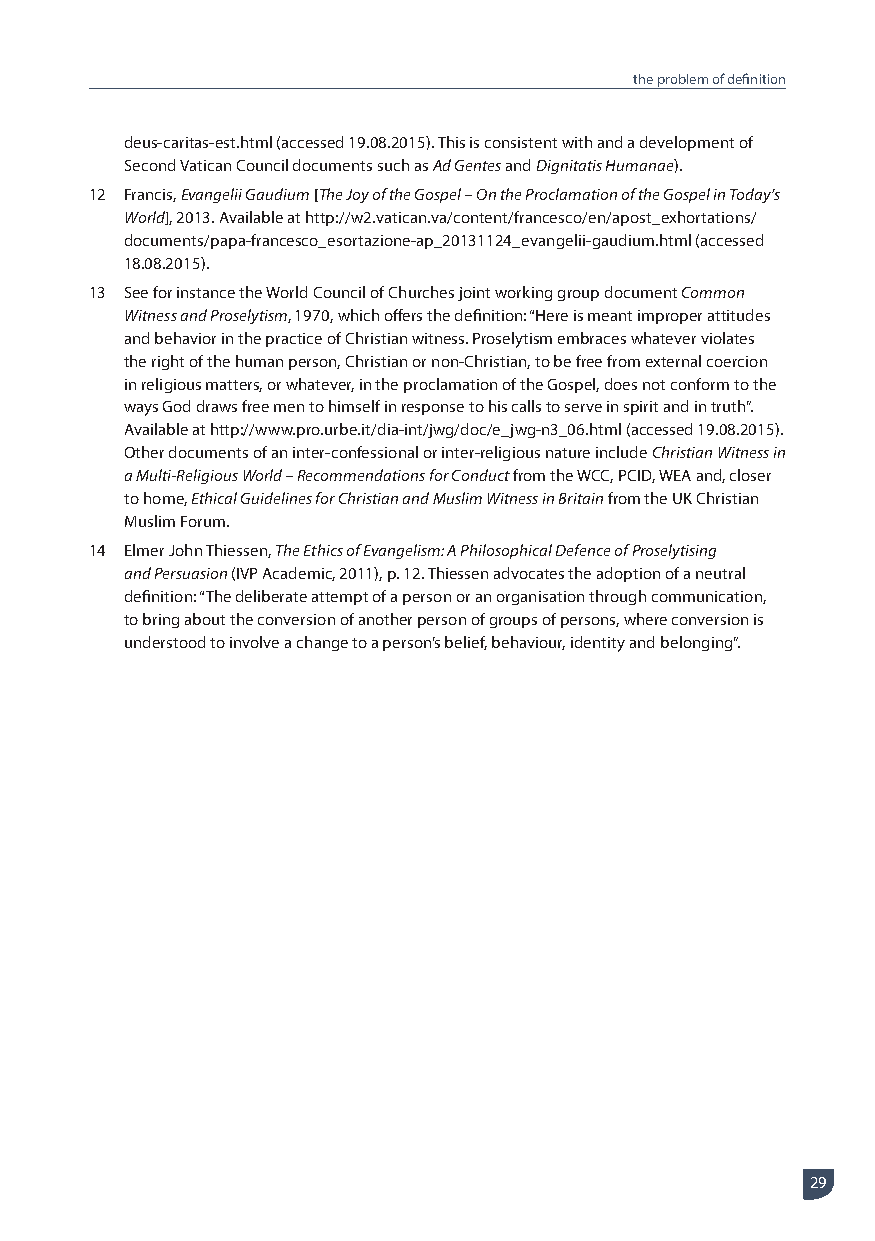
the problem of definition
 deus-caritas-est.html (accessed 19.08.2015). This is consistent with and a development of
 Second Vatican Council documents such as Ad Gentes and Dignitatis Humanae).
 12 Francis, Evangelii Gaudium [The Joy of the Gospel – On the Proclamation of the Gospel in Today’s
 World], 2013. Available at http://w2.vatican.va/content/francesco/en/apost_exhortations/
 documents/papa-francesco_esortazione-ap_20131124_evangelii-gaudium.html (accessed
 18.08.2015).
 13 See for instance the World Council of Churches joint working group document Common
 Witness and Proselytism, 1970, which offers the definition: “Here is meant improper attitudes
 and behavior in the practice of Christian witness. Proselytism embraces whatever violates
 the right of the human person, Christian or non-Christian, to be free from external coercion
 in religious matters, or whatever, in the proclamation of the Gospel, does not conform to the
 ways God draws free men to himself in response to his calls to serve in spirit and in truth”.
 Available at http://www.pro.urbe.it/dia-int/jwg/doc/e_jwg-n3_06.html (accessed 19.08.2015).
 Other documents of an inter-confessional or inter-religious nature include Christian Witness in
 a Multi-Religious World – Recommendations for Conduct from the WCC, PCID, WEA and, closer
 to home, Ethical Guidelines for Christian and Muslim Witness in Britain from the UK Christian
 Muslim Forum.
 14 Elmer John Thiessen, The Ethics of Evangelism: A Philosophical Defence of Proselytising
 and Persuasion (IVP Academic, 2011), p. 12. Thiessen advocates the adoption of a neutral
 definition: “The deliberate attempt of a person or an organisation through communication,
 to bring about the conversion of another person of groups of persons, where conversion is
 understood to involve a change to a person’s belief, behaviour, identity and belonging”.
 29